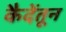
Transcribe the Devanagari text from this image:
कैदेंतून